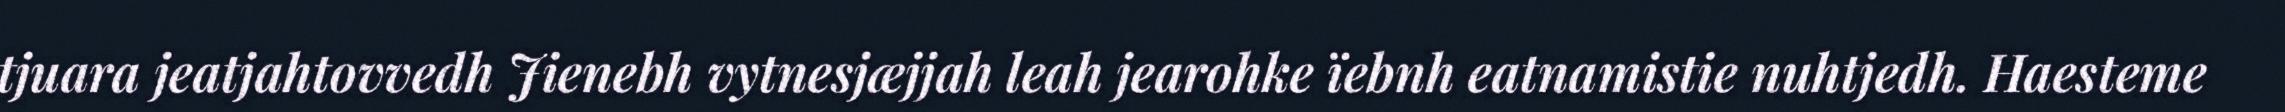
tjuara jeatjahtovvedh Jienebh vytnesjæjjah leah jearohke ïebnh eatnamistie nuhtjedh. Haesteme